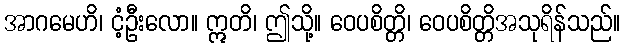
အာဂမေဟိ၊ ငံ့ဦးလော။ ဣတိ၊ ဤသို့။ ဝေပစိတ္တိ၊ ဝေပစိတ္တိအသုရိန်သည်။